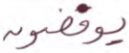
يوفضون